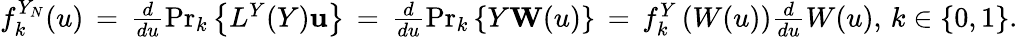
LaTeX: \begin{array}{r}{f_{k}^{Y_{N}}(u)\, =\, \frac{d}{du}{\operatorname*{Pr}}_{k}\left\{ L^{Y}(Y)\le u\right\} \, =\, \frac{d}{du}{\operatorname*{Pr}}_{k}\left\{ Y\le W(u)\right\} \, =\, f_{k}^{Y}\left(W(u)\right)\frac{d}{du}W(u),\, k\in\{ 0,1\} .}\end{array}